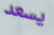
يسعد